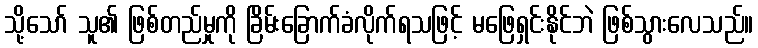
သို့သော် သူ၏ ဖြစ်တည်မှုကို ခြိမ်းခြောက်ခံလိုက်ရသဖြင့် မဖြေရှင်းနိုင်ဘဲ ဖြစ်သွားလေသည်။